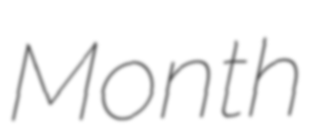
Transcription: Month